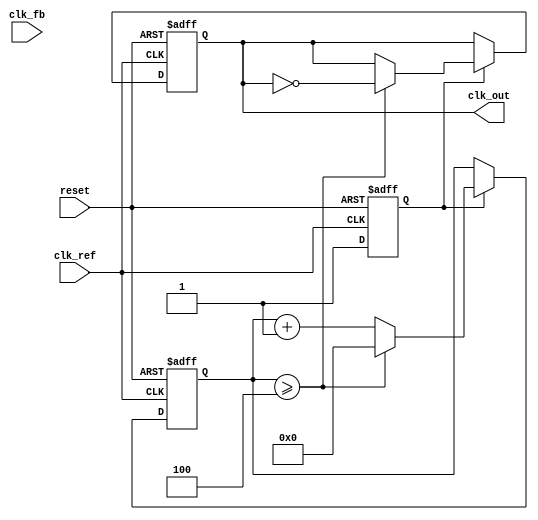
module cp_pll (
    input wire clk_ref,        // Reference clock input
    input wire clk_fb,         // Feedback clock input from VCO
    input wire reset,          // Reset signal
    output reg clk_out         // Output clock from VCO
);

// Parameters
parameter VCO_MAX_FREQ = 100; // Max frequency for VCO (arbitrary units)
parameter VCO_MIN_FREQ = 10;  // Min frequency for VCO (arbitrary units)
parameter DIV_RATIO = 4;       // Frequency division ratio

// PFD signals
reg up, down;
reg [1:0] pfd_state;

// Charge pump signals
reg charge, discharge;
reg [7:0] charge_current; // Arbitrary current values for charging/discharging
reg [15:0] loop_filter;   // Loop filter output voltage

// VCO
reg [7:0] vco_freq; // Frequency of VCO
reg vco_running;

// Frequency Divider
reg [7:0] divider_count;

// PFD Implementation
always @(posedge clk_ref or posedge reset) begin
    if (reset) begin
        pfd_state <= 2'b00; // Reset state
        up <= 0;
        down <= 0;
    end else begin
        // PFD logic
        if (clk_ref && !clk_fb) begin
            up <= 1;   // Reference clock leads
            down <= 0;
        end else if (!clk_ref && clk_fb) begin
            up <= 0;
            down <= 1; // Feedback clock leads
        end else begin
            up <= 0;
            down <= 0; // No change
        end
    end
end

// Charge Pump Implementation
always @(posedge clk_ref or posedge reset) begin
    if (reset) begin
        charge_current <= 0;
        charge <= 0;
        discharge <= 0;
    end else begin
        if (up) begin
            charge <= 1; // Charge the loop filter
            discharge <= 0;
            charge_current <= charge_current + 1; // Increment charge current
        end else if (down) begin
            discharge <= 1; // Discharge the loop filter
            charge <= 0;
            charge_current <= charge_current - 1; // Decrement charge current
        end else begin
            charge <= 0;
            discharge <= 0;
        end
    end
end

// Loop Filter Implementation
always @(posedge clk_ref or posedge reset) begin
    if (reset) begin
        loop_filter <= 0; // Reset loop filter voltage
    end else begin
        if (charge) begin
            loop_filter <= loop_filter + charge_current; // Charge the filter
        end else if (discharge) begin
            loop_filter <= loop_filter - charge_current; // Discharge the filter
        end
    end
end

// VCO Implementation
always @(posedge clk_ref or posedge reset) begin
    if (reset) begin
        vco_freq <= VCO_MIN_FREQ; // Start at minimum frequency
        vco_running <= 0;
    end else begin
        // VCO frequency control based on loop filter output
        if (loop_filter > 100) begin
            vco_freq <= VCO_MAX_FREQ; // Set to max frequency
        end else if (loop_filter < 50) begin
            vco_freq <= VCO_MIN_FREQ; // Set to min frequency
        end else begin
            vco_freq <= loop_filter[7:0]; // Set frequency based on loop filter voltage
        end
        vco_running <= 1;
    end
end

// Frequency Divider Implementation
always @(posedge clk_ref or posedge reset) begin
    if (reset) begin
        divider_count <= 0;
        clk_out <= 0;
    end else begin
        if (vco_running) begin
            divider_count <= divider_count + 1;
            if (divider_count >= DIV_RATIO) begin
                clk_out <= ~clk_out; // Toggle output clock
                divider_count <= 0; // Reset divider count
            end
        end
    end
end

endmodule